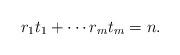
LaTeX: \begin{align*}r_1t_1 + \cdots r_mt_m = n.\end{align*}